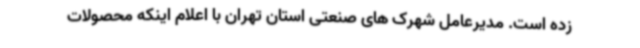
زده است. مدیرعامل شهرک های صنعتی استان تهران با اعلام اینکه محصولات